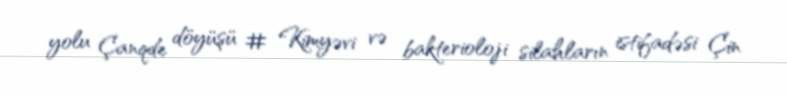
yolu Çanqde döyüşü # Kimyəvi və bakterioloji silahların istifadəsi Çin